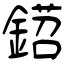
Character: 鍣